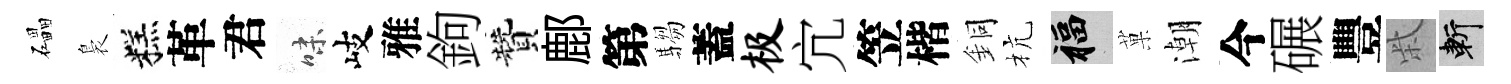
礧裊糕革君味岐雅鉤贊鄜第騶蓋极宂笠楷銅杭福菓潮今碾豐柴斬